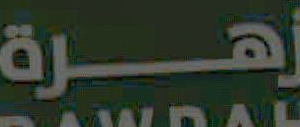
زهرة